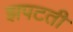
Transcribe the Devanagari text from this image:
झपटती